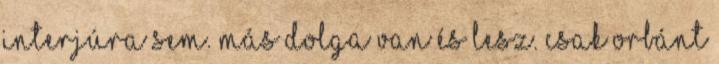
interjúra sem. Más dolga van és lesz. Csak Orbánt